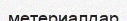
метериалдар